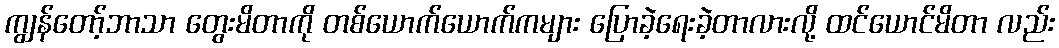
ကျွန်တော့်ဘာသာ တွေးမိတာကို တစ်ယောက်ယောက်ကများ ပြောခဲ့ရေးခဲ့တာလားလို့ ထင်ယောင်မိတာ လည်း